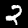
Digit: 2